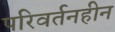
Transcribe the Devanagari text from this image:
परिवर्तनहीन